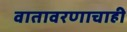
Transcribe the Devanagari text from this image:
वातावरणाचाही